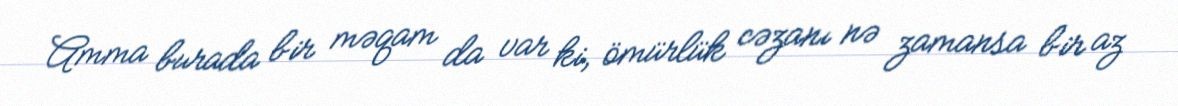
Amma burada bir məqam da var ki, ömürlük cəzanı nə zamansa bir az